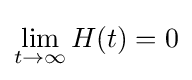
\lim _{t\to \infty }H(t)=0